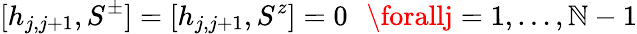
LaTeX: [h_{j,j+1},S^{\pm}]=[h_{j,j+1},S^{z}]=0\ \ \, \forallj=1,\ldots,\mathbb{N}-1